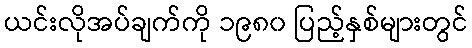
ယင်းလိုအပ်ချက်ကို ၁၉၈၀ ပြည့်နှစ်များတွင်